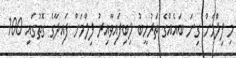
މި ފިލްމަށް ގިނަ ބައެއްގެ ތަރުހީބު ލިބިފައިވާއިރު ފިލްމަށް ފައިދާގެ ގޮތުގައި 100